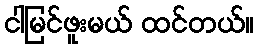
ငါမြင်ဖူးမယ် ထင်တယ်။